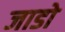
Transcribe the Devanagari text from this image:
जाडो